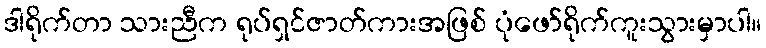
ဒါရိုက်တာ သားညီက ရုပ်ရှင်ဇာတ်ကားအဖြစ် ပုံဖော်ရိုက်ကူးသွားမှာပါ။